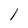
Character: l